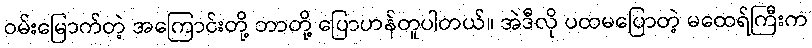
ဝမ်းမြောက်တဲ့ အကြောင်းတို့ ဘာတို့ ပြောဟန်တူပါတယ်။ အဲဒီလို ပထမပြောတဲ့ မထေရ်ကြီးက